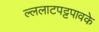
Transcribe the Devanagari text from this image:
ल्ललाटपट्टपावके